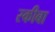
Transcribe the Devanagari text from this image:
स्कीबा